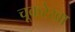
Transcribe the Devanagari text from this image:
चूकरेखा